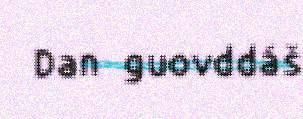
Dan guovddáš